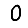
Digit: 0